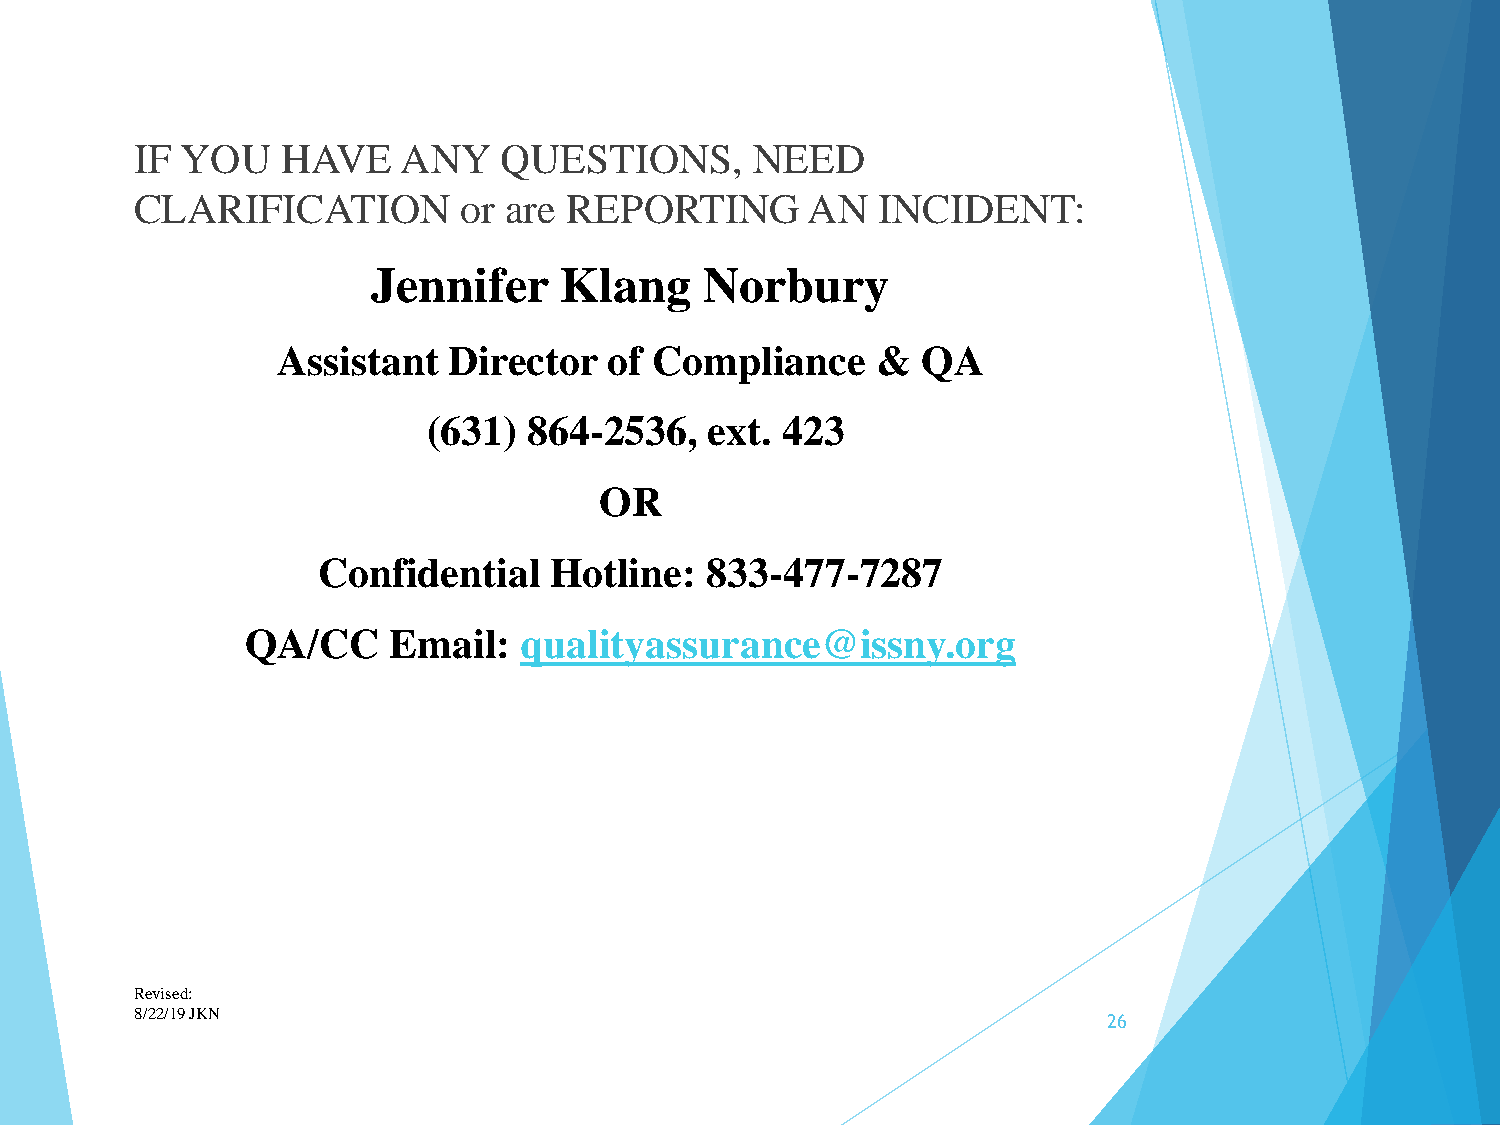
IF YOU    HAVE    ANY   QUESTIONS,       NEED
 CLARIFICATION        or are  REPORTING      AN   INCIDENT:
 Jennifer    Klang     Norbury
 Assistant   Director  of Compliance     &  QA
 (631)  864-2536,   ext. 423
 OR
 Confidential   Hotline:   833-477-7287
 QA/CC     Email:  qualityassurance@issny.org
 Revised:
 8/22/19 JKN
 26